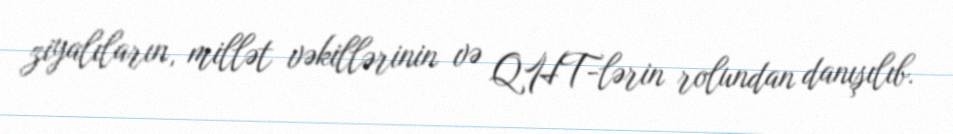
ziyalıların, millət vəkillərinin və QHT-lərin rolundan danışılıb.